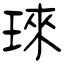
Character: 琜